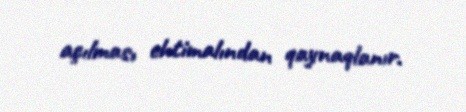
açılması ehtimalından qaynaqlanır.